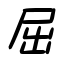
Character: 屈